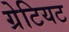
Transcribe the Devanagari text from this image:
ग्रेटियट